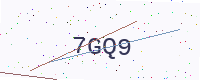
Text: 7GQ9